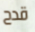
قدح